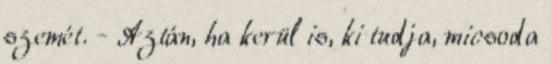
szemét. - Aztán, ha kerül is, ki tudja, micsoda